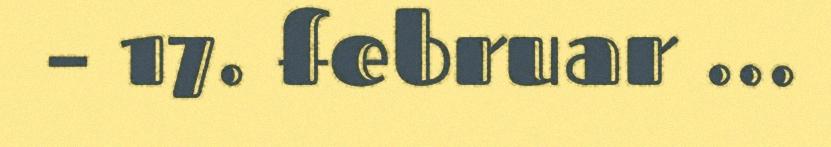
– 17. februar ...